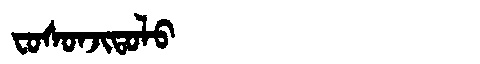
Manchu: ᠸᠣᠰᠣᠨᠵᡳᡨᠣᠯᠣ
Romanization: FOSONJITOLO